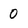
Character: 0